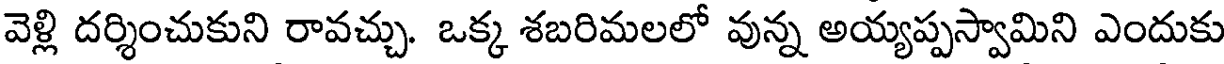
వెళ్లి దర్శించుకుని రావచ్చు. ఒక్క శబరిమలలో వున్న అయ్యప్పస్వామిని ఎందుకు